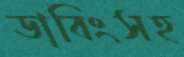
ডাবিংসহ